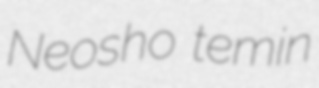
Neosho temin